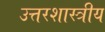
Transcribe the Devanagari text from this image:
उत्तरशास्त्रीय